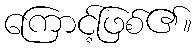
ကြောင့်ဖြစ်၏။